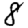
Digit: 8